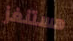
هستنغز